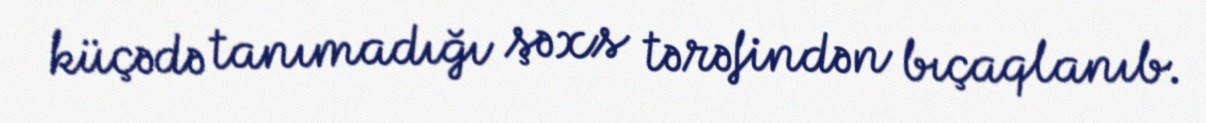
küçədə tanımadığı şəxs tərəfindən bıçaqlanıb.